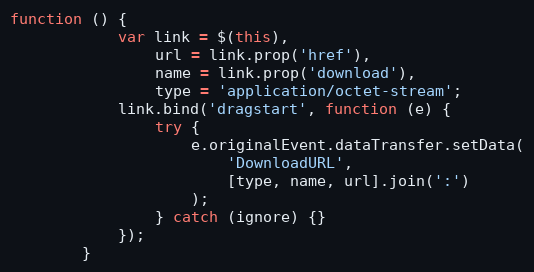
Language: JavaScript
function () {
            var link = $(this),
                url = link.prop('href'),
                name = link.prop('download'),
                type = 'application/octet-stream';
            link.bind('dragstart', function (e) {
                try {
                    e.originalEvent.dataTransfer.setData(
                        'DownloadURL',
                        [type, name, url].join(':')
                    );
                } catch (ignore) {}
            });
        }